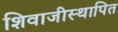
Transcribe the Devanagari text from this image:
शिवाजीस्थापित